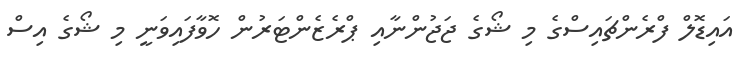
އައިޑޮލް ފްރެންޗައިސްގެ މި ޝޯގެ ޖަޖުންނާއި ޕްރެޒެންޓަރުން ހޮވާފައިވަނީ މި ޝޯގެ އިސް